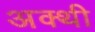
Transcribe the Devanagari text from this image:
अक्थी